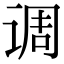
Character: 调